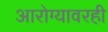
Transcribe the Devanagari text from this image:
आरोग्यावरही